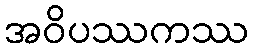
အဝိပဿကဿ